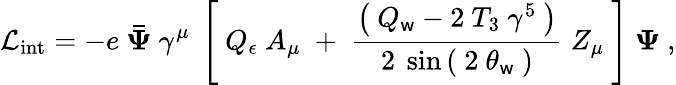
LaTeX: {\mathcal{L}}_{\mathrm{int}}=-e\ {\boldsymbol{\bar{\Psi}}}\ \gamma^{\mu}\ \left[\ Q_{\epsilon}\ A_{\mu}\; +\; {\frac{\left(\ Q_{\mathsf{w}}-2\ T_{3}\ \gamma^{5}\ \right)}{\ 2\ \sin\left(\ 2\ \theta_{\mathsf{w}}\ \right)\ }}\; Z_{\mu}\ \right]\ {\boldsymbol{\Psi}}~,